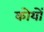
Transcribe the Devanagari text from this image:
कोयों